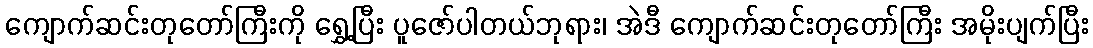
ကျောက်ဆင်းတုတော်ကြီးကို ရွှေ့ပြီး ပူဇော်ပါတယ်ဘုရား၊ အဲဒီ ကျောက်ဆင်းတုတော်ကြီး အမိုးပျက်ပြီး